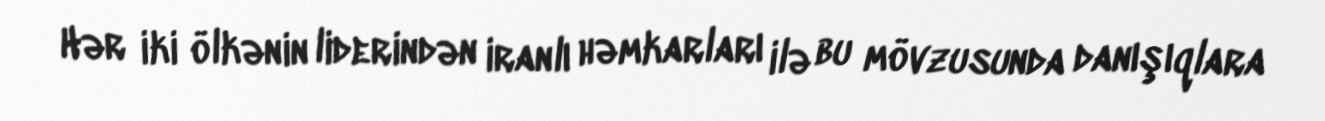
Hər iki ölkənin liderindən iranlı həmkarları ilə bu mövzusunda danışıqlara